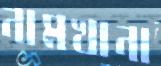
নামখানা